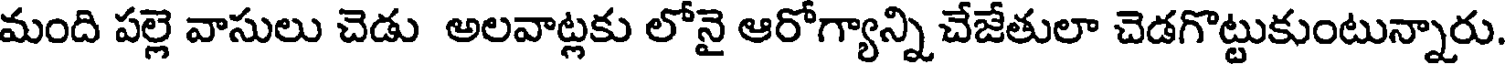
మంది పల్లె వాసులు చెడు అలవాట్లకు లోనై ఆరోగ్యాన్ని చేజేతులా చెడగొట్టుకుంటున్నారు.